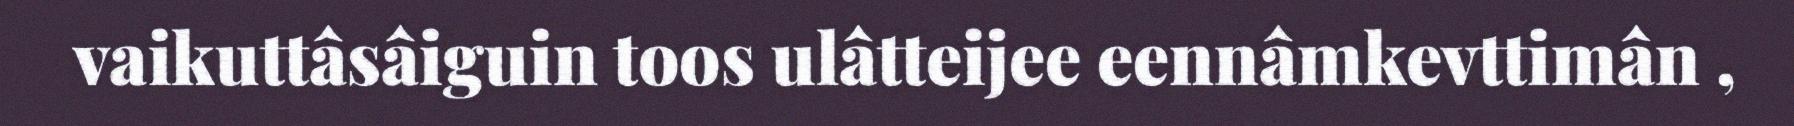
vaikuttâsâiguin toos ulâtteijee eennâmkevttimân ,